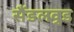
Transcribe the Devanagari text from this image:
सैंडलवुड